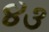
૪૩